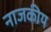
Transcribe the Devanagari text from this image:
नाजकीय